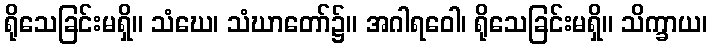
ရိုသေခြင်းမရှိ။ သံဃေ၊ သံဃာတော်၌။ အဂါရဝေါ၊ ရိုသေခြင်းမရှိ။ သိက္ခာယ၊